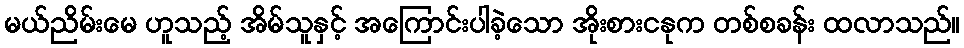
မယ်ညိမ်းမေ ဟူသည့် အိမ်သူနှင့် အကြောင်းပါခဲ့သော အိုးစားငနုက တစ်စခန်း ထလာသည်။